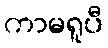
ကာမရူပီ